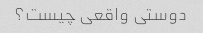
دوستی واقعی چیست؟